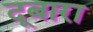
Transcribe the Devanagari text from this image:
दूबारा